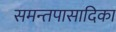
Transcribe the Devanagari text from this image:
समन्तपासादिका